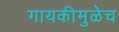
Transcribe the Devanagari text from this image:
गायकीमुळेच